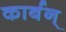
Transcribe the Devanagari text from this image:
कार्बन्